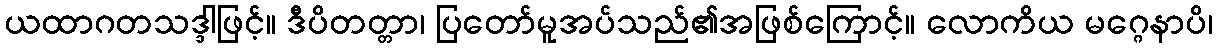
ယထာဂတသဒ္ဒါဖြင့်။ ဒီပိတတ္တာ၊ ပြတော်မူအပ်သည်၏အဖြစ်ကြောင့်။ လောကိယ မဂ္ဂေနာပိ၊